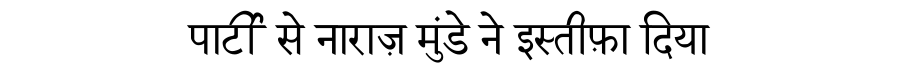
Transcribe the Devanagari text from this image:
पार्टी से नाराज़ मुंडे ने इस्तीफ़ा दिया